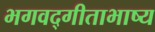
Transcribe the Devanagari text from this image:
भगवद्गीताभाष्य